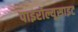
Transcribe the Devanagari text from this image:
पाइरोल्यूसाइट